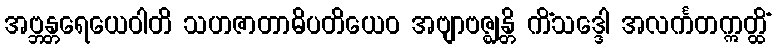
အဗ္ဘန္တရေယေဝါတိ သဟဇာတာဓိပတိယေဝ အဗျာဗဇ္ဈန္တိ ကိံသဒ္ဒေါ အလင်္ကတဣတ္ထိံ